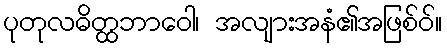
ပုတုလဓိတ္ထဘာဝေါ၊ အလျားအနံ၏အဖြစ်ဝ်။